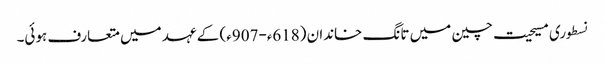
نسطوری مسیحیت چین میں تانگ خاندان (618ء-907ء) کے عہد میں متعارف ہوئی۔